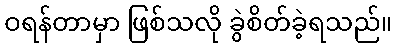
ဝရန်တာမှာ ဖြစ်သလို ခွဲစိတ်ခဲ့ရသည်။